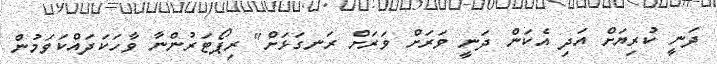
ދަނީ ކުރިޔަށް އަދި އެކަން ދަނީ ވަރަށް ވަރަށް ރަނގަޅަށް" ރިޕޯޓަރުންނާ ވާހަކަދައްކަވަމުން